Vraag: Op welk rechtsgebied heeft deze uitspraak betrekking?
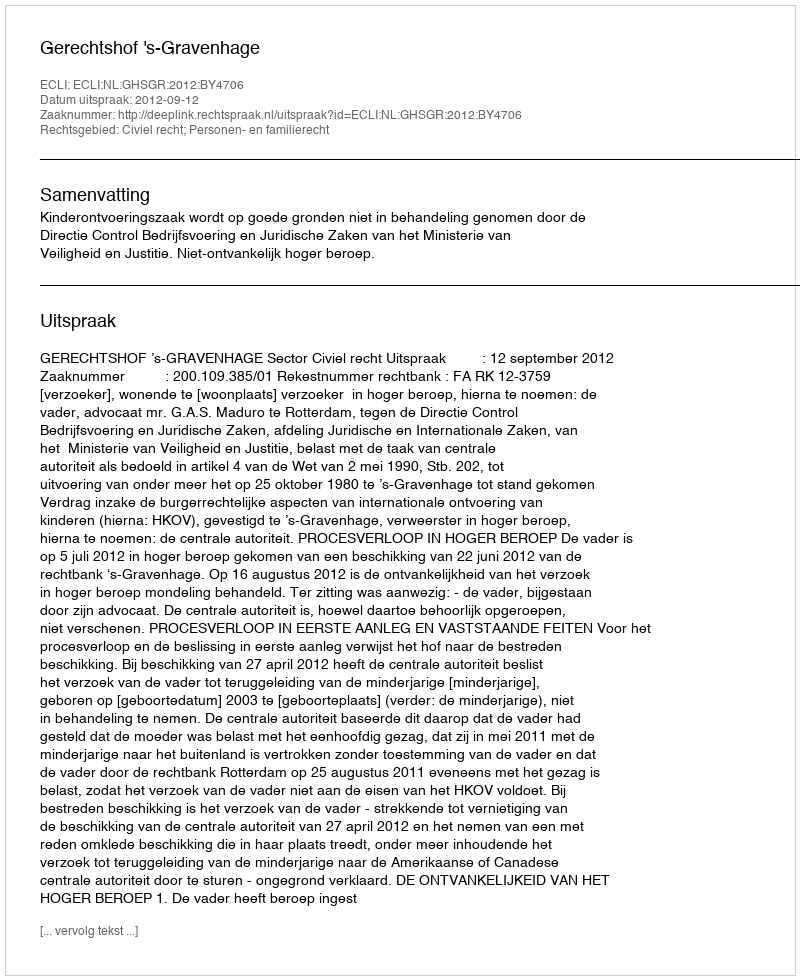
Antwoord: Civiel recht; Personen- en familierecht